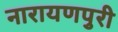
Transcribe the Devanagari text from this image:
नारायणपुरी